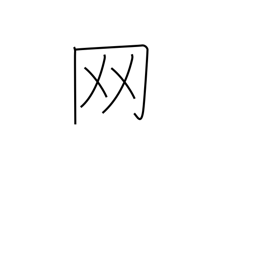
Meaning: net or net crown radical (no. 122)